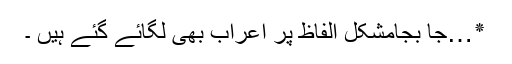
٭…جا بجامشکل الفاظ پر اعراب بھی لگائے گئے ہیں ۔